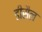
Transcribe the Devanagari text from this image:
डीसैल